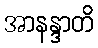
အာနန္ဒာတိ